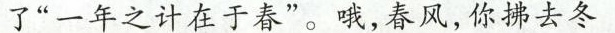
了”一年之计在于春”。哦，春风，你拂去冬